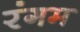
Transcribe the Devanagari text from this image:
रंगम